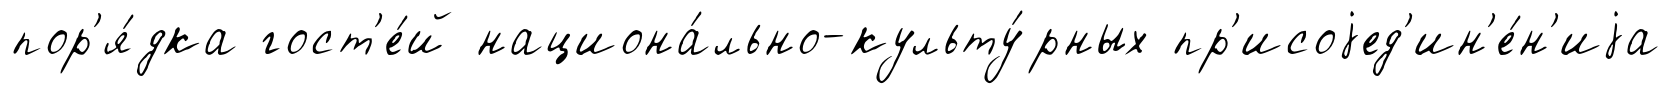
пор'я́дка гост'е́й национа́льно-культу́рных пр'исоjед'ин'е́н'иjа